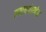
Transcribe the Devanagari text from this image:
न्याययंत्रणेस